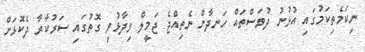
ނިކަމެތިކަމުގައި އުޅުނު ދުވަސްތައް ހަނދާން ނެތިއްޖެ ޖަމީލް ވިދާޅުވި ގޮތުގައި ސަރުކާރާ ދެކޮޅަށް